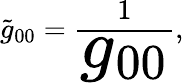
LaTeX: {\tilde{g}_{00}}=\frac{1}{\Huge g_{00}},